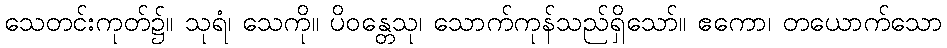
သေတင်းကုတ်၌။ သုရံ၊ သေကို။ ပိဝန္တေသု၊ သောက်ကုန်သည်ရှိသော်။ ဧကော၊ တယောက်သော